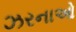
ઝરનાઓ